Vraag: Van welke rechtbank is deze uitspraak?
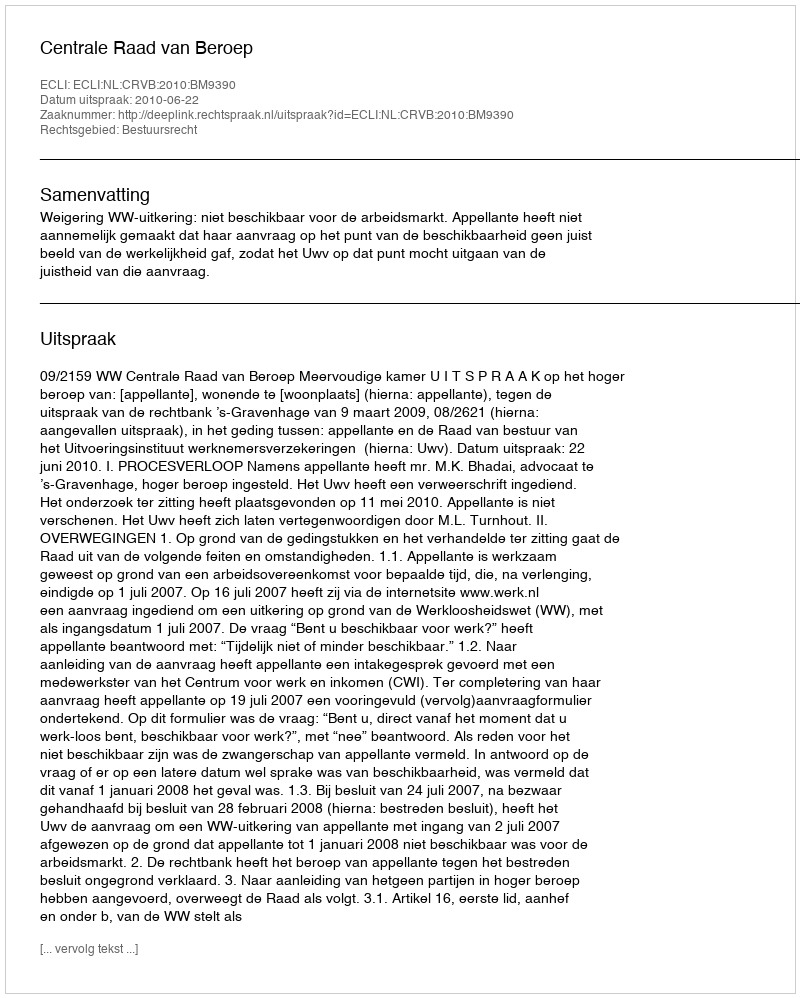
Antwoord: Centrale Raad van Beroep